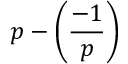
p - \left( { \frac { - 1 } { p } } \right)